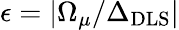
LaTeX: \epsilon=|\Omega_{\mu}/\Delta_{\mathrm{DLS}}|